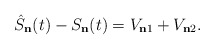
\begin{align*}\hat{S}_{\mathbf{n}}(t)-S_{\mathbf{n}}(t)=V_{\mathbf{n}1}+V_{\mathbf{n}2}.\end{align*}